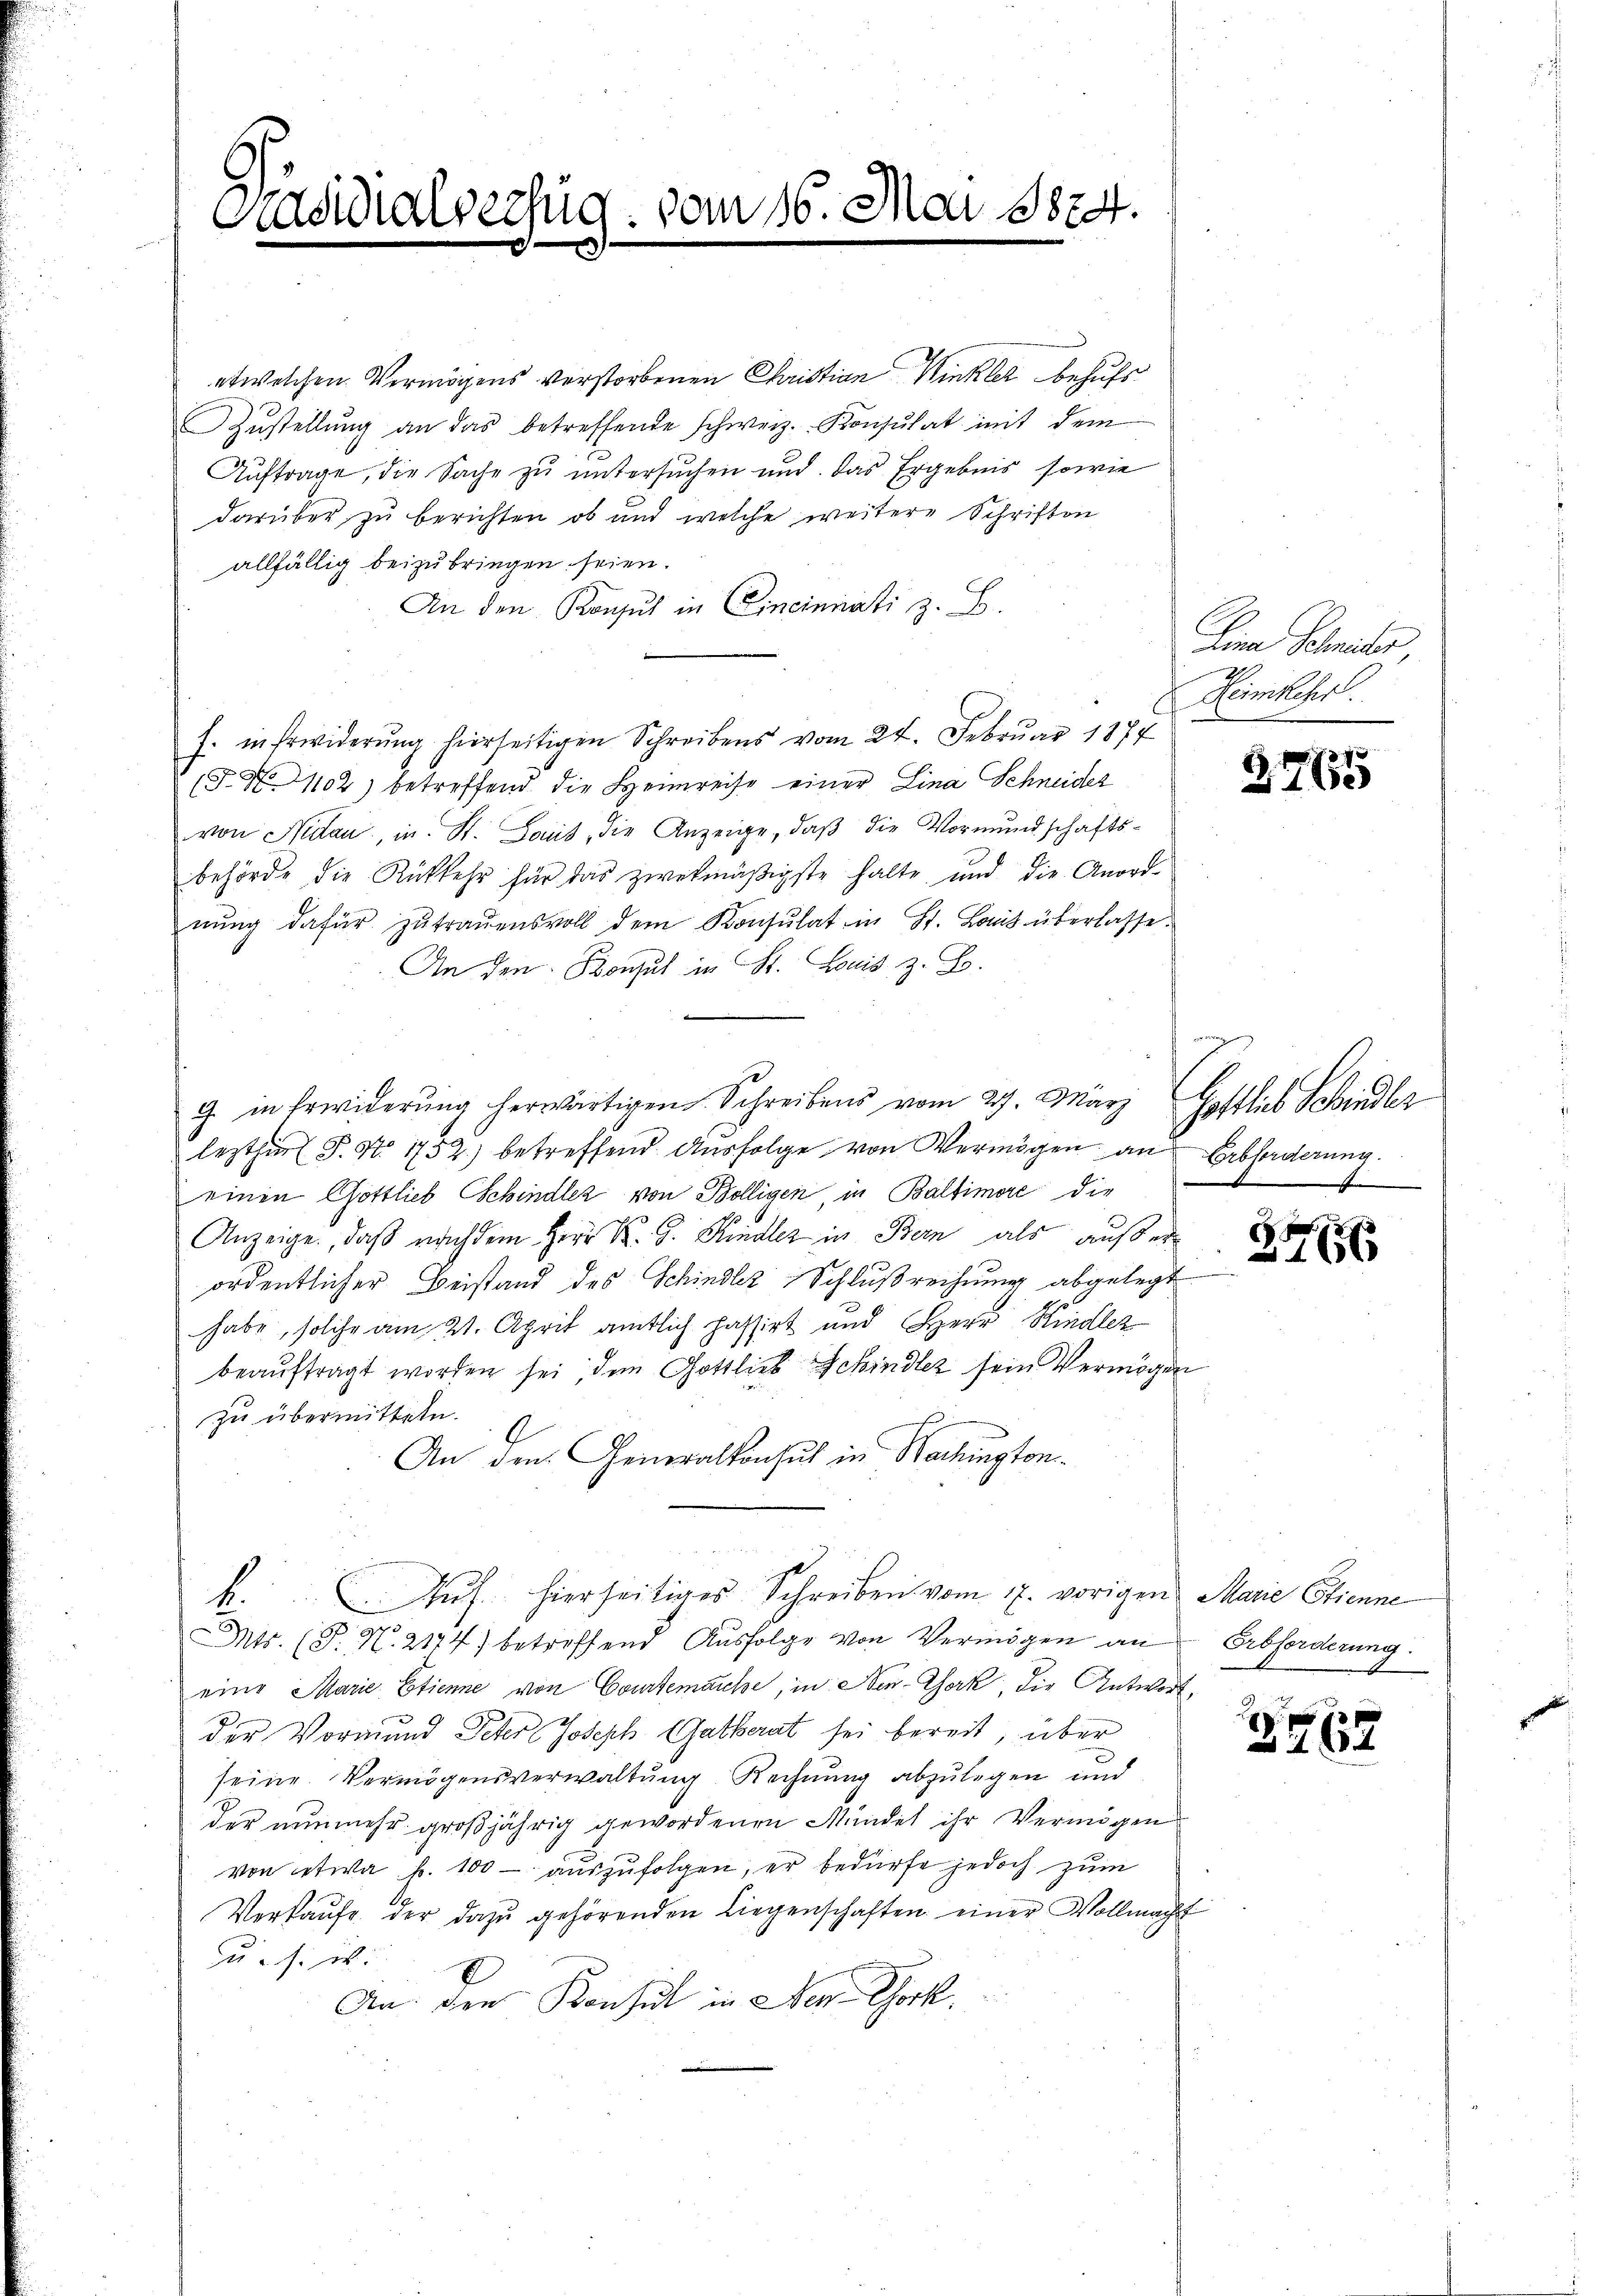
Casidialverfug. vom 16. Mai 1874.

etwelchen Vermögens verstorbenen Christian Winkler behufs
Zŭstellŭng an das betreffende schweiz. Konsulat mit dem
Auftrage, die Sache zu untersuchen und das Ergebnis sowie
darüber, zu berichten, ob und welche weitere Schriften
allfällig beizubringen seien.
An den Konsul in Cincinnati z. B.
s. in Erwiderŭng hierseitigen Schreibens vom 24. Februar 1874
§. N. 1102) betreffend die Heimreise einer Lina Schneider
von Nidau, in St. Laus, die Anzeige, daß die Vormundschaftsbehörde die Rückkehr für das zwekmäßigste halte und die Anordnŭng dafür zŭtraŭensvoll dem Konsulat in St. Laut überlasse.
An den Konsul in St. Louis z. B.
9. in Erwiderung herwärtigen Schreibens vom 27. März
lezthin P. Nr. 1752) betreffend Ausfolge von Vermögen an Erbforderung
einen Gottlieb Schindler von Bölligen in Baltimore die
Anzeige, daß nachdem Herr K. G. Kindler in Bern als außerordentlicher Beistand des Schindler Schlußrechnung abgelegt
habe, solche am 21. April amtlich passirt und Herr Kindler
beauftragt worden sei, den Gottlieb Schindler sein Vermögen
zu übermitteln.
4
An den Generalkonsul in Nachingtonf. Auch hierseitiges Schreiben vom 17. vorigen Marie Stienne
Mts. (T. N. 2174) betreffend Ausfolge von Vermögen an Erbforderung.
eine Marie Etienne von Courtemache, in New-York, die Antwort,
der Vormund Peter Joseph Gatberat sei bereit, über
seine Vermögensverwaltung Rechnung abzulegen und
der nunmehr großjährig gewordenen Mündet ihr Vermögen
von etwa f. 100 - auszufolgen, er bedürfe jedoch zum
Verkaŭfe der dazŭ gehörenden Liegenschaften einer Vollmacht
u. s. w.
An den Konsul in der Chork.

Lina Schmieder
Heimkehr.

2765

Getlich Scheider
e

x
166

3767